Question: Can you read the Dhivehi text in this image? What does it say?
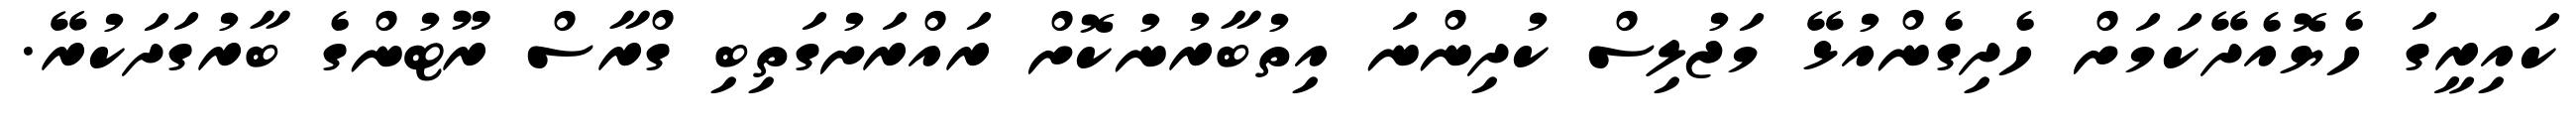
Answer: ކައިރީގަ ހެޔޮއެދޭކަމަށް ހެދިގެންއުޅޭ މަޖުލިސް ކުދިންނަ އިތުބާރުނުކޮށް ރައްރަށުގަތިބި ގްރާސް ރޫޓުންގެ ބާރުގަދަކުރޭ.